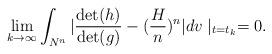
LaTeX: \begin{align*}\lim_{k\rightarrow \infty}\int_{N^{n}}|\frac{\det(h)}{\det(g)}-(\frac{H}{n})^{n}|dv\mid_{t=t_k}=0.\end{align*}